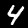
Label: 4